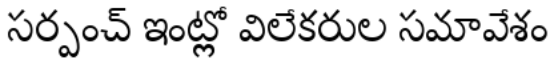
సర్పంచ్ ఇంట్లో విలేకరుల సమావేశం